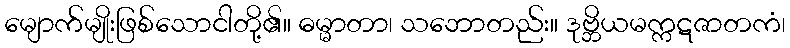
မျောက်မျိုးဖြစ်သောငါတို့၏။ ဓမ္မာတာ၊ သဘောတည်း။ ဒုဗ္ဘိယမက္ကဋဇာတကံ၊